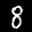
Label: 8